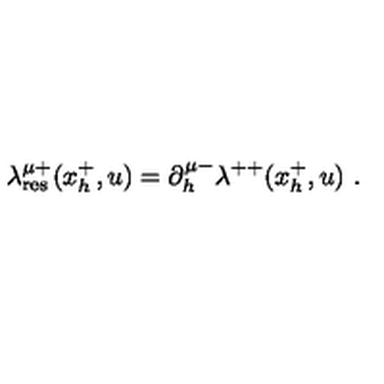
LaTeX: \lambda _ { \mathrm { r e s } } ^ { \mu + } ( x _ { h } ^ { + } , u ) = \partial _ { h } ^ { \mu - } \lambda ^ { + + } ( x _ { h } ^ { + } , u ) \ .